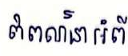
ពិពណ៌នាអំពី